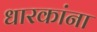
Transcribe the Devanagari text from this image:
धारकांना